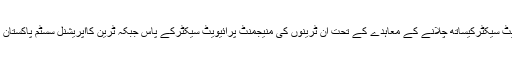
مذکورہ ٹرینوں کو پرائیویٹ سیکٹرکیساتھ چلانے کے معاہدے کے تحت ان ٹرینوں کی منیجمنٹ پرائیویٹ سیکٹرکے پاس جبکہ ٹرین کاآپریشنل سسٹم پاکستان ریلوے کے پاس رہے گا۔